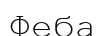
Феба